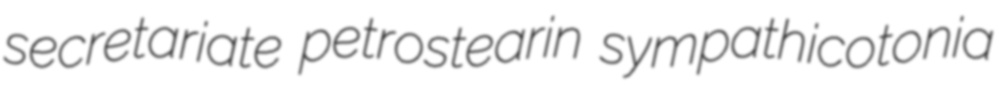
secretariate petrostearin sympathicotonia